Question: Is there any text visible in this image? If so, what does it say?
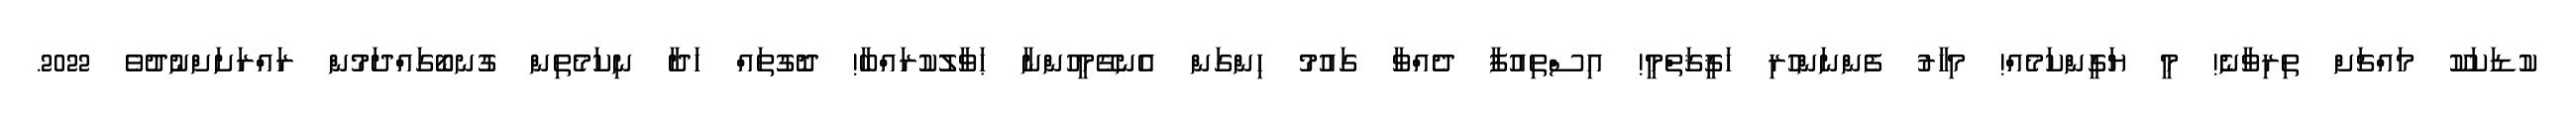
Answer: ކުޑަކަކޫ މައްޗަށް ތިރިވާނެ! މީ ޔަގީންކަމެއް! މިހާރު ފެންނަންހުރި ހަޤީޤަތްމީ! އިސްތިއުފާ ދެއްވާ ގައުމު ހިންގަން އެނގޭމީހުންނާ ޙަވާލުކުރައްބާ! ދޮގުތައް ހަދާ ނިކަމެތިން ގުނބޯގައްދަމުން ރައްރަށަށްނުދުވެ 2022.